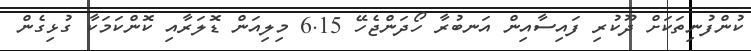
ކުންފުނިތަކަށް ދޫކުރި ފައިސާއިން އަނބުރާ ހޯދަންޖެހޭ 6.15 މިލިއަން ޑޮލަރާއި ކޮންކަމަކާ ގުޅިގެން